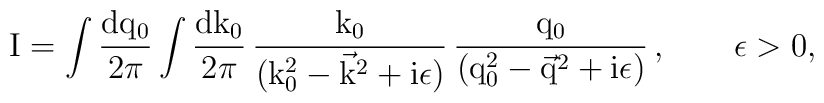
\rm I = \int \frac {dq_0}{2\pi} \int \frac{dk_0}{2\pi}      \,\frac {k_0}{(k_0^2-\vec{k}^2+i\epsilon)}      \,\frac {q_0}{(q_0^2-\vec{q}^2+i\epsilon)}\,,\qquad\epsilon >0,